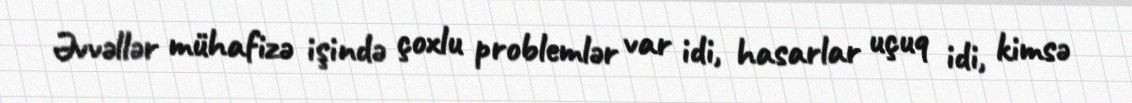
Əvvəllər mühafizə işində çoxlu problemlər var idi, hasarlar uçuq idi, kimsə